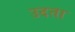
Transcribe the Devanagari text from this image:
उदता